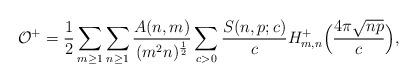
LaTeX: \begin{align*}\mathcal{O^+} = \frac{1}{2} \sum_{m \geq 1} \sum_{n \geq 1} \frac{A(n, m)}{(m^2 n)^{\frac{1}{2}}} \sum_{c > 0} \frac{S(n, p; c)}{c} H_{m, n}^+ \Bigl (\frac{4 \pi \sqrt{n p}}{c} \Bigr ),\end{align*}